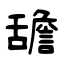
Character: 舚